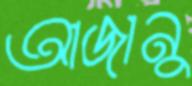
আজানু